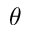
\theta